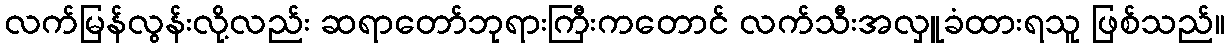
လက်မြန်လွန်းလို့လည်း ဆရာတော်ဘုရားကြီးကတောင် လက်သီးအလှူခံထားရသူ ဖြစ်သည်။